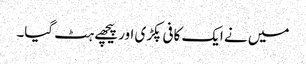
میں نے ایک کافی پکڑی اور پیچھے ہٹ گیا۔